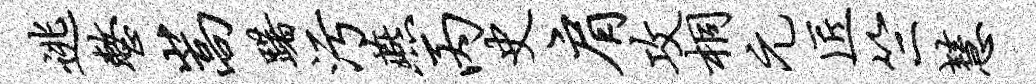
逃整嵩躇污燕丙史肩攻桐元匠竺慧